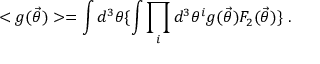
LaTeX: < g ( { \vec { \theta } } ) > = \int d ^ { 3 } \theta \{ \int \prod _ { i } d ^ { 3 } \theta ^ { i } g ( { \vec { \theta } } ) F _ { 2 } ( { \vec { \theta } } ) \} \ .